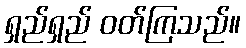
ရှည်ရှည် ဝတ်ကြသည်။